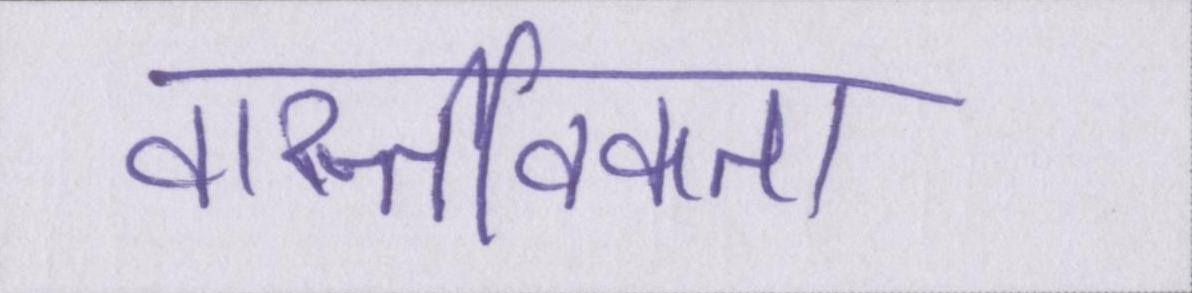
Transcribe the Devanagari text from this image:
वास्तविकता